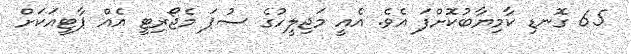
65 ގޮނޑި ކާމިޔާބުކޮށްފަ އެވެ. އެއީ މަޖިލީހުގެ ސުޕަަ މެޖޯރިޓީ އެއް ޕާޓީއަކަށް